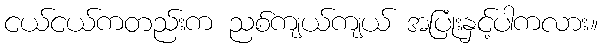
ငယ်ငယ်ကတည်းက ညစ်ကျယ်ကျယ် အပြုံးနှင့်ပါကလား။